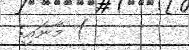
) މާނައީ: